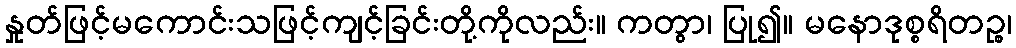
နှုတ်ဖြင့်မကောင်းသဖြင့်ကျင့်ခြင်းတို့ကိုလည်း။ ကတွာ၊ ပြု၍။ မနောဒုစ္စရိတဉ္စ၊